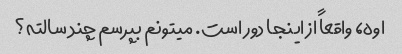
اوه، واقعاً از اینجا دور است. میتونم بپرسم چند سالته؟